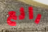
رائع